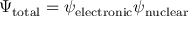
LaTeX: \Psi _ { \mathrm { t o t a l } } = \psi _ { \mathrm { e l e c t r o n i c } } \psi _ { \mathrm { n u c l e a r } }